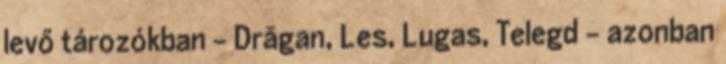
levő tározókban – Drăgan, Les, Lugas, Telegd – azonban